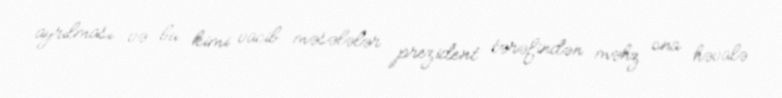
ayrılması və bu kimi vacib məsələlər prezident tərəfindən məhz ona həvalə